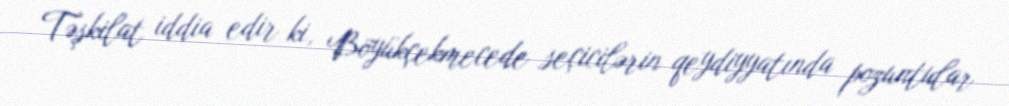
Təşkilat iddia edir ki, Böyükçekmecede seçicilərin qeydiyyatında pozuntular